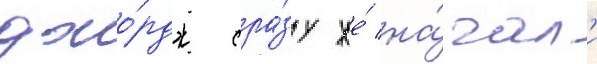
джо́рдж сра́зу же́ на́чал'и